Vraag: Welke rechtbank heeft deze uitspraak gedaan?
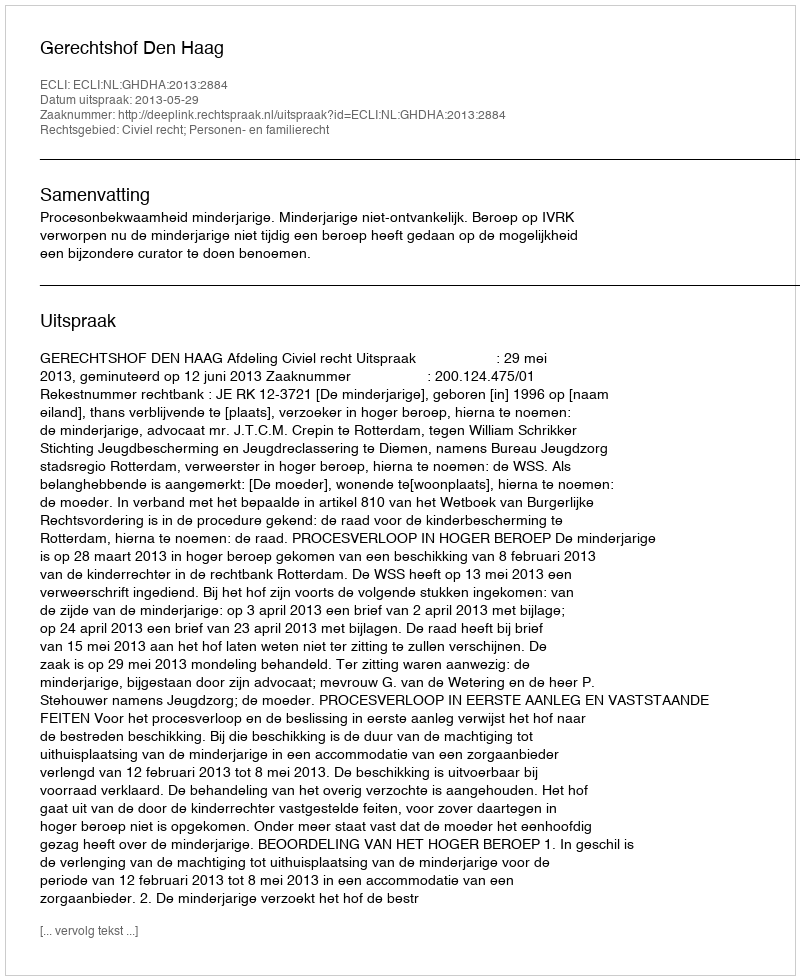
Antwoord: Gerechtshof Den Haag